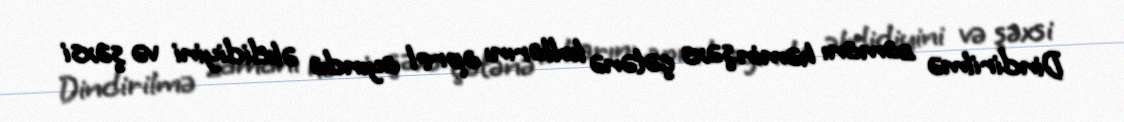
Dindirilmə zamanı həmin şəxs çətənə kollarını aprel ayında əkdidiyini və şəxsi